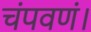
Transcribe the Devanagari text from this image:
चंपवणं।